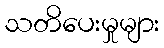
သတိပေးမှုများ